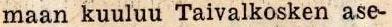
maan kuuluu Taivalkosken ase-